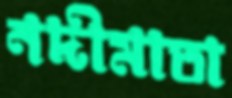
নদীমাতা